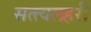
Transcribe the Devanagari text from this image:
सत्त्वलहरी